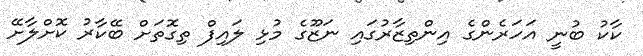
ކާކު ބުނީ އަހަރެންގެ އިންތިޒާރުގައި ނަޒޫގެ މުޅި ލައިފް ތިގޮތަށް ބޭކާރު ކޮށްލާށޭ